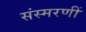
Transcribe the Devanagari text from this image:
संस्मरणीं